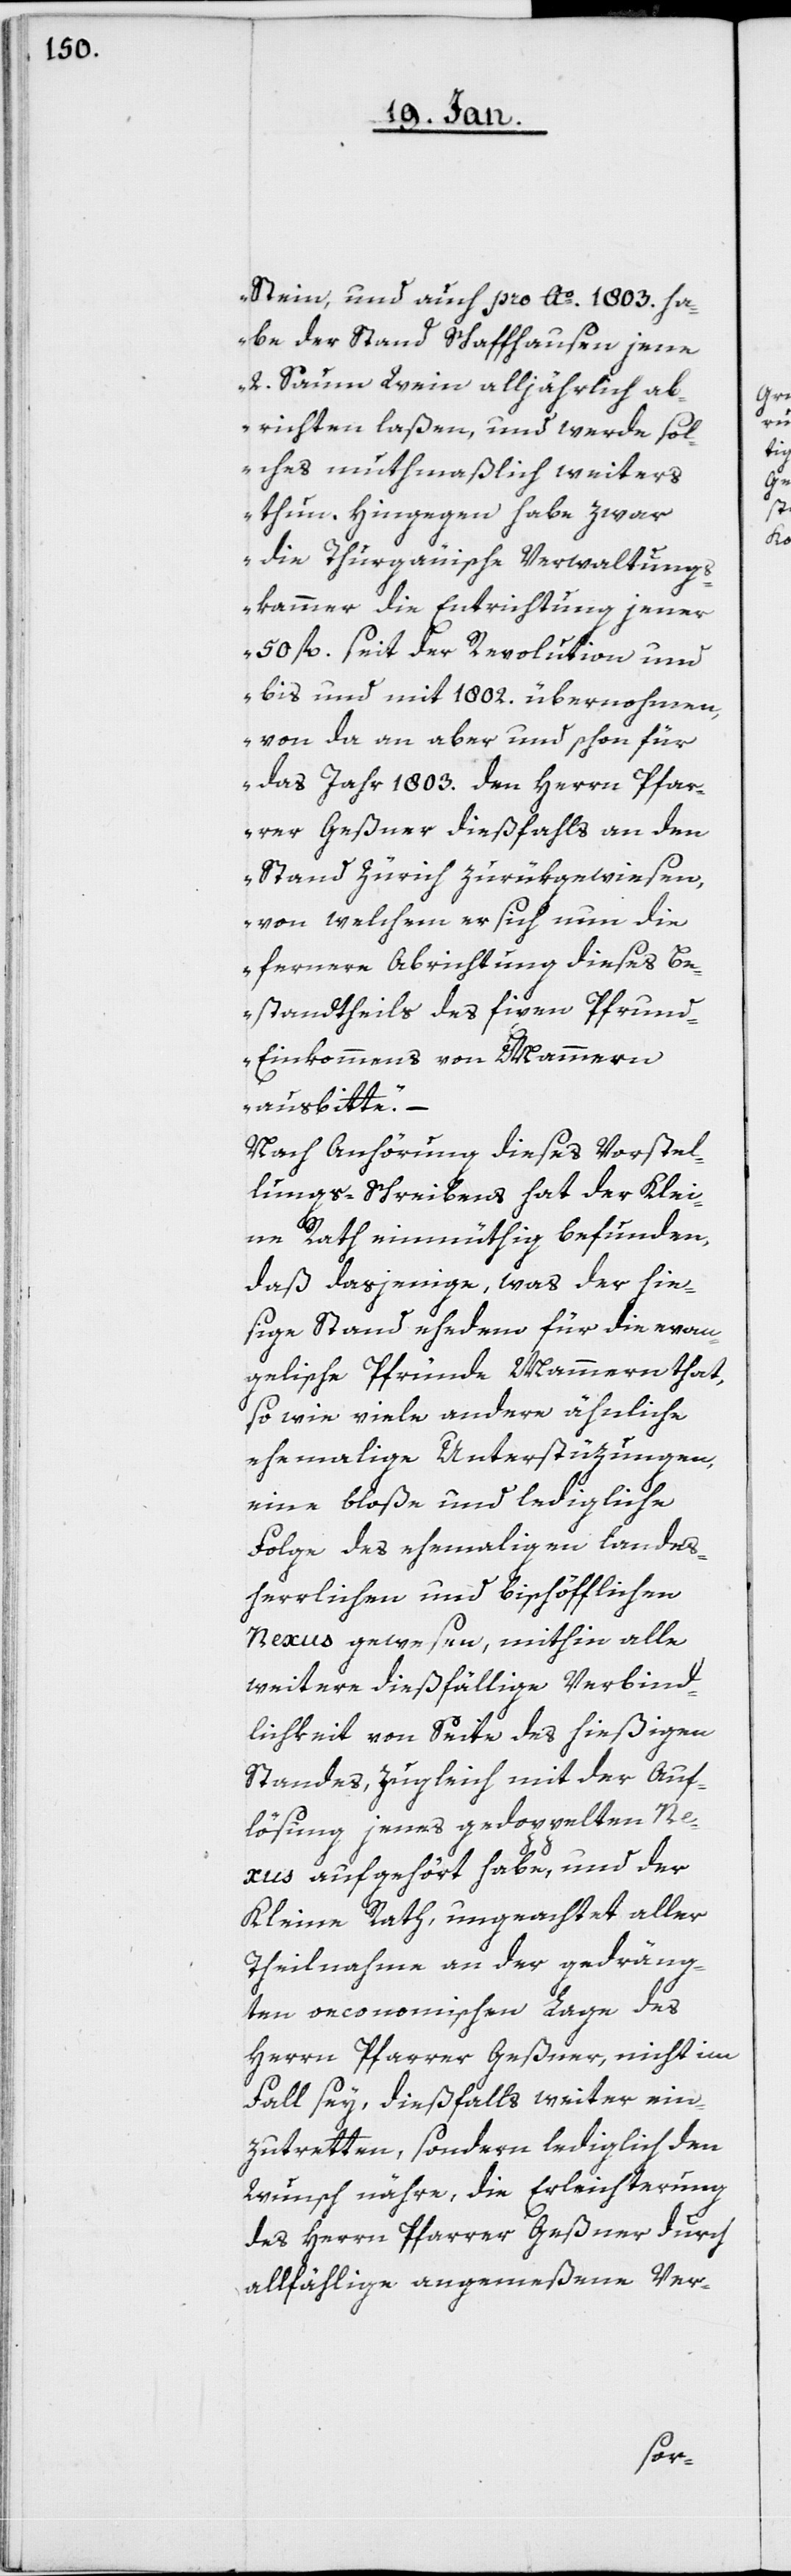
Stein, und auch pro Ao. 1803. ha¬
be der Stand Schaffhausen jene
2. Saum Wein alljährlich ab¬
richten laßen, und werde sol¬
ches muthmaßlich weiters
thun. Hingegen habe zwar
die Thurgäuische Verwaltungs¬
kammer die Entrichtung jener
50 fl. seit der Revolution und
bis und mit 1802. übernohmen,
von da an aber und schon für
das Jahr 1803. den Herrn Pfar¬
rer Geßner dießfalls an den
Stand Zürich zurükgewiesen,
von welchem er sich nun die
fernere Abrichtung dieses Be¬
standtheils des fixen Pfrun¬
d-Einkommens von Mammern
ausbitte.“
Nach Anhörung dieses Vorstel¬
lungs-Schreibens hat der Klei¬
ne Rath einmüthig befunden,
daß dasjenige, was der hie¬
ßige Stand ehedem für die evan¬
gelische Pfründe Mammern that,
so wie viele andere ähnliche
ehemalige Unterstüzungen,
eine bloße und ledigliche
Folge des ehemaligen landes¬
herrlichen und bischöfflichen
Nexus gewesen, mithin alle
weitere dießfällige Verbind¬
lichkeit von Seite des hießigen
Standes, zugleich mit der Auf¬
lösung jenes gedoppelten Ne¬
xus aufgehört habe, und der
Kleine Rath, ungeachtet aller
Theilnahme an der gedräng¬
ten oekonomischen Lage des
Herrn Pfarrer Geßner nicht im
Fall sey, dießfalls weiter ein¬
zutretten, sondern lediglich den
Wunsch nähre, die Erleichterung
des Herrn Pfarrer Geßner durch
allfählige angemeßene Ver-